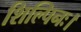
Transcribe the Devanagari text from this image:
शिल्पिनः।